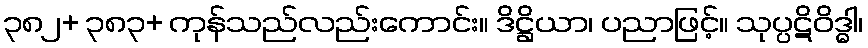
၃၈၂+ ၃၈၃+ ကုန်သည်လည်းကောင်း။ ဒိဋ္ဌိယာ၊ ပညာဖြင့်။ သုပ္ပဋိဝိဒ္ဓါ၊